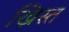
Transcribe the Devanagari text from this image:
ख्रिस्‍त्‍ा